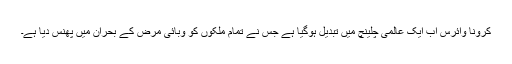
کرونا وائرس اب ایک عالمی چلینچ میں تبدیل ہوگیا ہے جس نے تمام ملکوں کو وبائی مرض کے بحران میں پھنس دیا ہے۔